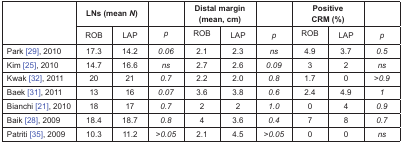
<table><thead><tr><td rowspan="2"></td><td colspan="2"><b>LNs (mean <i>N</i>)</b></td><td></td><td colspan="2"><b>Distal margin (mean, cm)</b></td><td></td><td colspan="2"><b>Positive CRM (%)</b></td><td></td></tr><tr><td><b>ROB</b></td><td><b>LAP</b></td><td><b><i>p</i></b></td><td><b>ROB</b></td><td><b>LAP</b></td><td><b><i>p</i></b></td><td><b>ROB</b></td><td><b>LAP</b></td><td><b><i>p</i></b></td></tr></thead><tbody><tr><td>Park [29], 2010</td><td>17.3</td><td>14.2</td><td><i>0.06</i></td><td>2.1</td><td>2.3</td><td><i>ns</i></td><td>4.9</td><td>3.7</td><td><i>0.5</i></td></tr><tr><td>Kim [25], 2010</td><td>14.7</td><td>16.6</td><td><i>ns</i></td><td>2.7</td><td>2.6</td><td><i>0.09</i></td><td>3</td><td>2</td><td><i>ns</i></td></tr><tr><td>Kwak [32], 2011</td><td>20</td><td>21</td><td><i>0.7</i></td><td>2.2</td><td>2.0</td><td><i>0.8</i></td><td>1.7</td><td>0</td><td><i>&gt;0.9</i></td></tr><tr><td>Baek [31], 2011</td><td>13</td><td>16</td><td><i>0.07</i></td><td>3.6</td><td>3.8</td><td><i>0.6</i></td><td>2.4</td><td>4.9</td><td><i>1</i></td></tr><tr><td>Bianchi [21], 2010</td><td>18</td><td>17</td><td><i>0.7</i></td><td>2</td><td>2</td><td><i>1.0</i></td><td>0</td><td>4</td><td><i>0.9</i></td></tr><tr><td>Baik [28], 2009</td><td>18.4</td><td>18.7</td><td><i>0.8</i></td><td>4</td><td>3.6</td><td><i>0.4</i></td><td>7</td><td>8</td><td><i>0.7</i></td></tr><tr><td>Patriti [35], 2009</td><td>10.3</td><td>11.2</td><td><i>&gt;0.05</i></td><td>2.1</td><td>4.5</td><td><i>&gt;0.05</i></td><td>0</td><td>0</td><td><i>ns</i></td></tr></tbody></table>